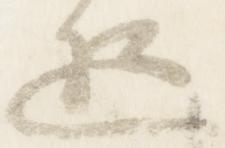
遊